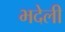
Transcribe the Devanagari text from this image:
भदेली